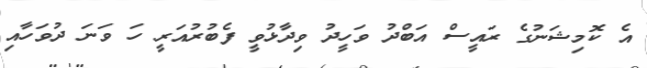
އެ ކޮމިޝަނުގެ ރައީސް އަބްދު ވަހީދު ވިދާޅުވީ ފެބުރުއަރީ ހަ ވަނަ ދުވަހާއި